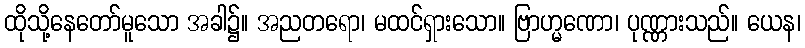
ထိုသို့နေတော်မူသော အခါ၌။ အညတရော၊ မထင်ရှားသော။ ဗြာဟ္မဏော၊ ပုဏ္ဏားသည်။ ယေန၊